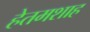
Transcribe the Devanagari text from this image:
हेतमशाह